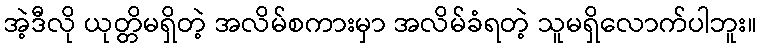
အဲ့ဒီလို ယုတ္တိမရှိတဲ့ အလိမ်စကားမှာ အလိမ်ခံရတဲ့ သူမရှိလောက်ပါဘူး။